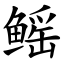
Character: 鳐